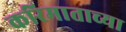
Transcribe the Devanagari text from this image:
करिमाताच्या